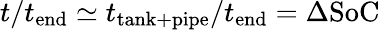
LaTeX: t/t_{\mathrm{end}}\simeq t_{\mathrm{tank+pipe}}/t_{\mathrm{end}}=\Delta\mathrm{SoC}